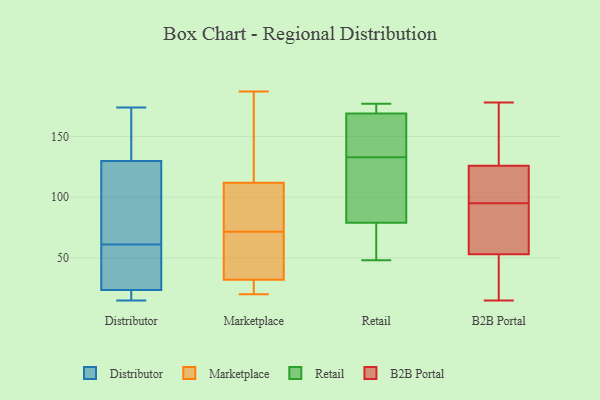
{"axis": {"x": "Market Share (%)", "y": "Value"}, "legend": ["B2B Portal", "Distributor", "Marketplace", "Retail"], "data": [{"x": "", "y": 128, "type": "Distributor"}, {"x": "", "y": 15, "type": "Distributor"}, {"x": "", "y": 24, "type": "Distributor"}, {"x": "", "y": 22, "type": "Distributor"}, {"x": "", "y": 19, "type": "Distributor"}, {"x": "", "y": 91, "type": "Distributor"}, {"x": "", "y": 61, "type": "Distributor"}, {"x": "", "y": 56, "type": "Distributor"}, {"x": "", "y": 20, "type": "Distributor"}, {"x": "", "y": 98, "type": "Distributor"}, {"x": "", "y": 138, "type": "Distributor"}, {"x": "", "y": 144, "type": "Distributor"}, {"x": "", "y": 25, "type": "Distributor"}, {"x": "", "y": 135, "type": "Distributor"}, {"x": "", "y": 47, "type": "Distributor"}, {"x": "", "y": 98, "type": "Distributor"}, {"x": "", "y": 174, "type": "Distributor"}, {"x": "", "y": 20, "type": "Marketplace"}, {"x": "", "y": 32, "type": "Marketplace"}, {"x": "", "y": 187, "type": "Marketplace"}, {"x": "", "y": 65, "type": "Marketplace"}, {"x": "", "y": 112, "type": "Marketplace"}, {"x": "", "y": 26, "type": "Marketplace"}, {"x": "", "y": 116, "type": "Marketplace"}, {"x": "", "y": 99, "type": "Marketplace"}, {"x": "", "y": 46, "type": "Marketplace"}, {"x": "", "y": 78, "type": "Marketplace"}, {"x": "", "y": 163, "type": "Retail"}, {"x": "", "y": 133, "type": "Retail"}, {"x": "", "y": 175, "type": "Retail"}, {"x": "", "y": 78, "type": "Retail"}, {"x": "", "y": 74, "type": "Retail"}, {"x": "", "y": 171, "type": "Retail"}, {"x": "", "y": 131, "type": "Retail"}, {"x": "", "y": 146, "type": "Retail"}, {"x": "", "y": 177, "type": "Retail"}, {"x": "", "y": 48, "type": "Retail"}, {"x": "", "y": 82, "type": "Retail"}, {"x": "", "y": 15, "type": "B2B Portal"}, {"x": "", "y": 41, "type": "B2B Portal"}, {"x": "", "y": 178, "type": "B2B Portal"}, {"x": "", "y": 21, "type": "B2B Portal"}, {"x": "", "y": 68, "type": "B2B Portal"}, {"x": "", "y": 53, "type": "B2B Portal"}, {"x": "", "y": 138, "type": "B2B Portal"}, {"x": "", "y": 173, "type": "B2B Portal"}, {"x": "", "y": 53, "type": "B2B Portal"}, {"x": "", "y": 95, "type": "B2B Portal"}, {"x": "", "y": 87, "type": "B2B Portal"}, {"x": "", "y": 70, "type": "B2B Portal"}, {"x": "", "y": 112, "type": "B2B Portal"}, {"x": "", "y": 120, "type": "B2B Portal"}, {"x": "", "y": 122, "type": "B2B Portal"}, {"x": "", "y": 113, "type": "B2B Portal"}, {"x": "", "y": 168, "type": "B2B Portal"}]}